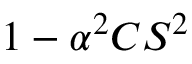
1 - \alpha ^ { 2 } C S ^ { 2 }